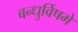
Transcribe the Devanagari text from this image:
बन्धुर्विषमे